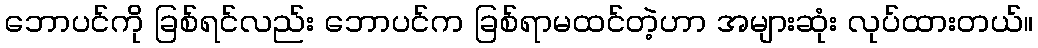
ဘောပင်ကို ခြစ်ရင်လည်း ဘောပင်က ခြစ်ရာမထင်တဲ့ဟာ အများဆုံး လုပ်ထားတယ်။